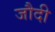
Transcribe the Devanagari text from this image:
जौदी